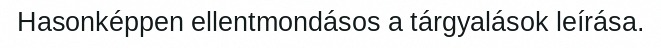
Hasonképpen ellentmondásos a tárgyalások leírása.